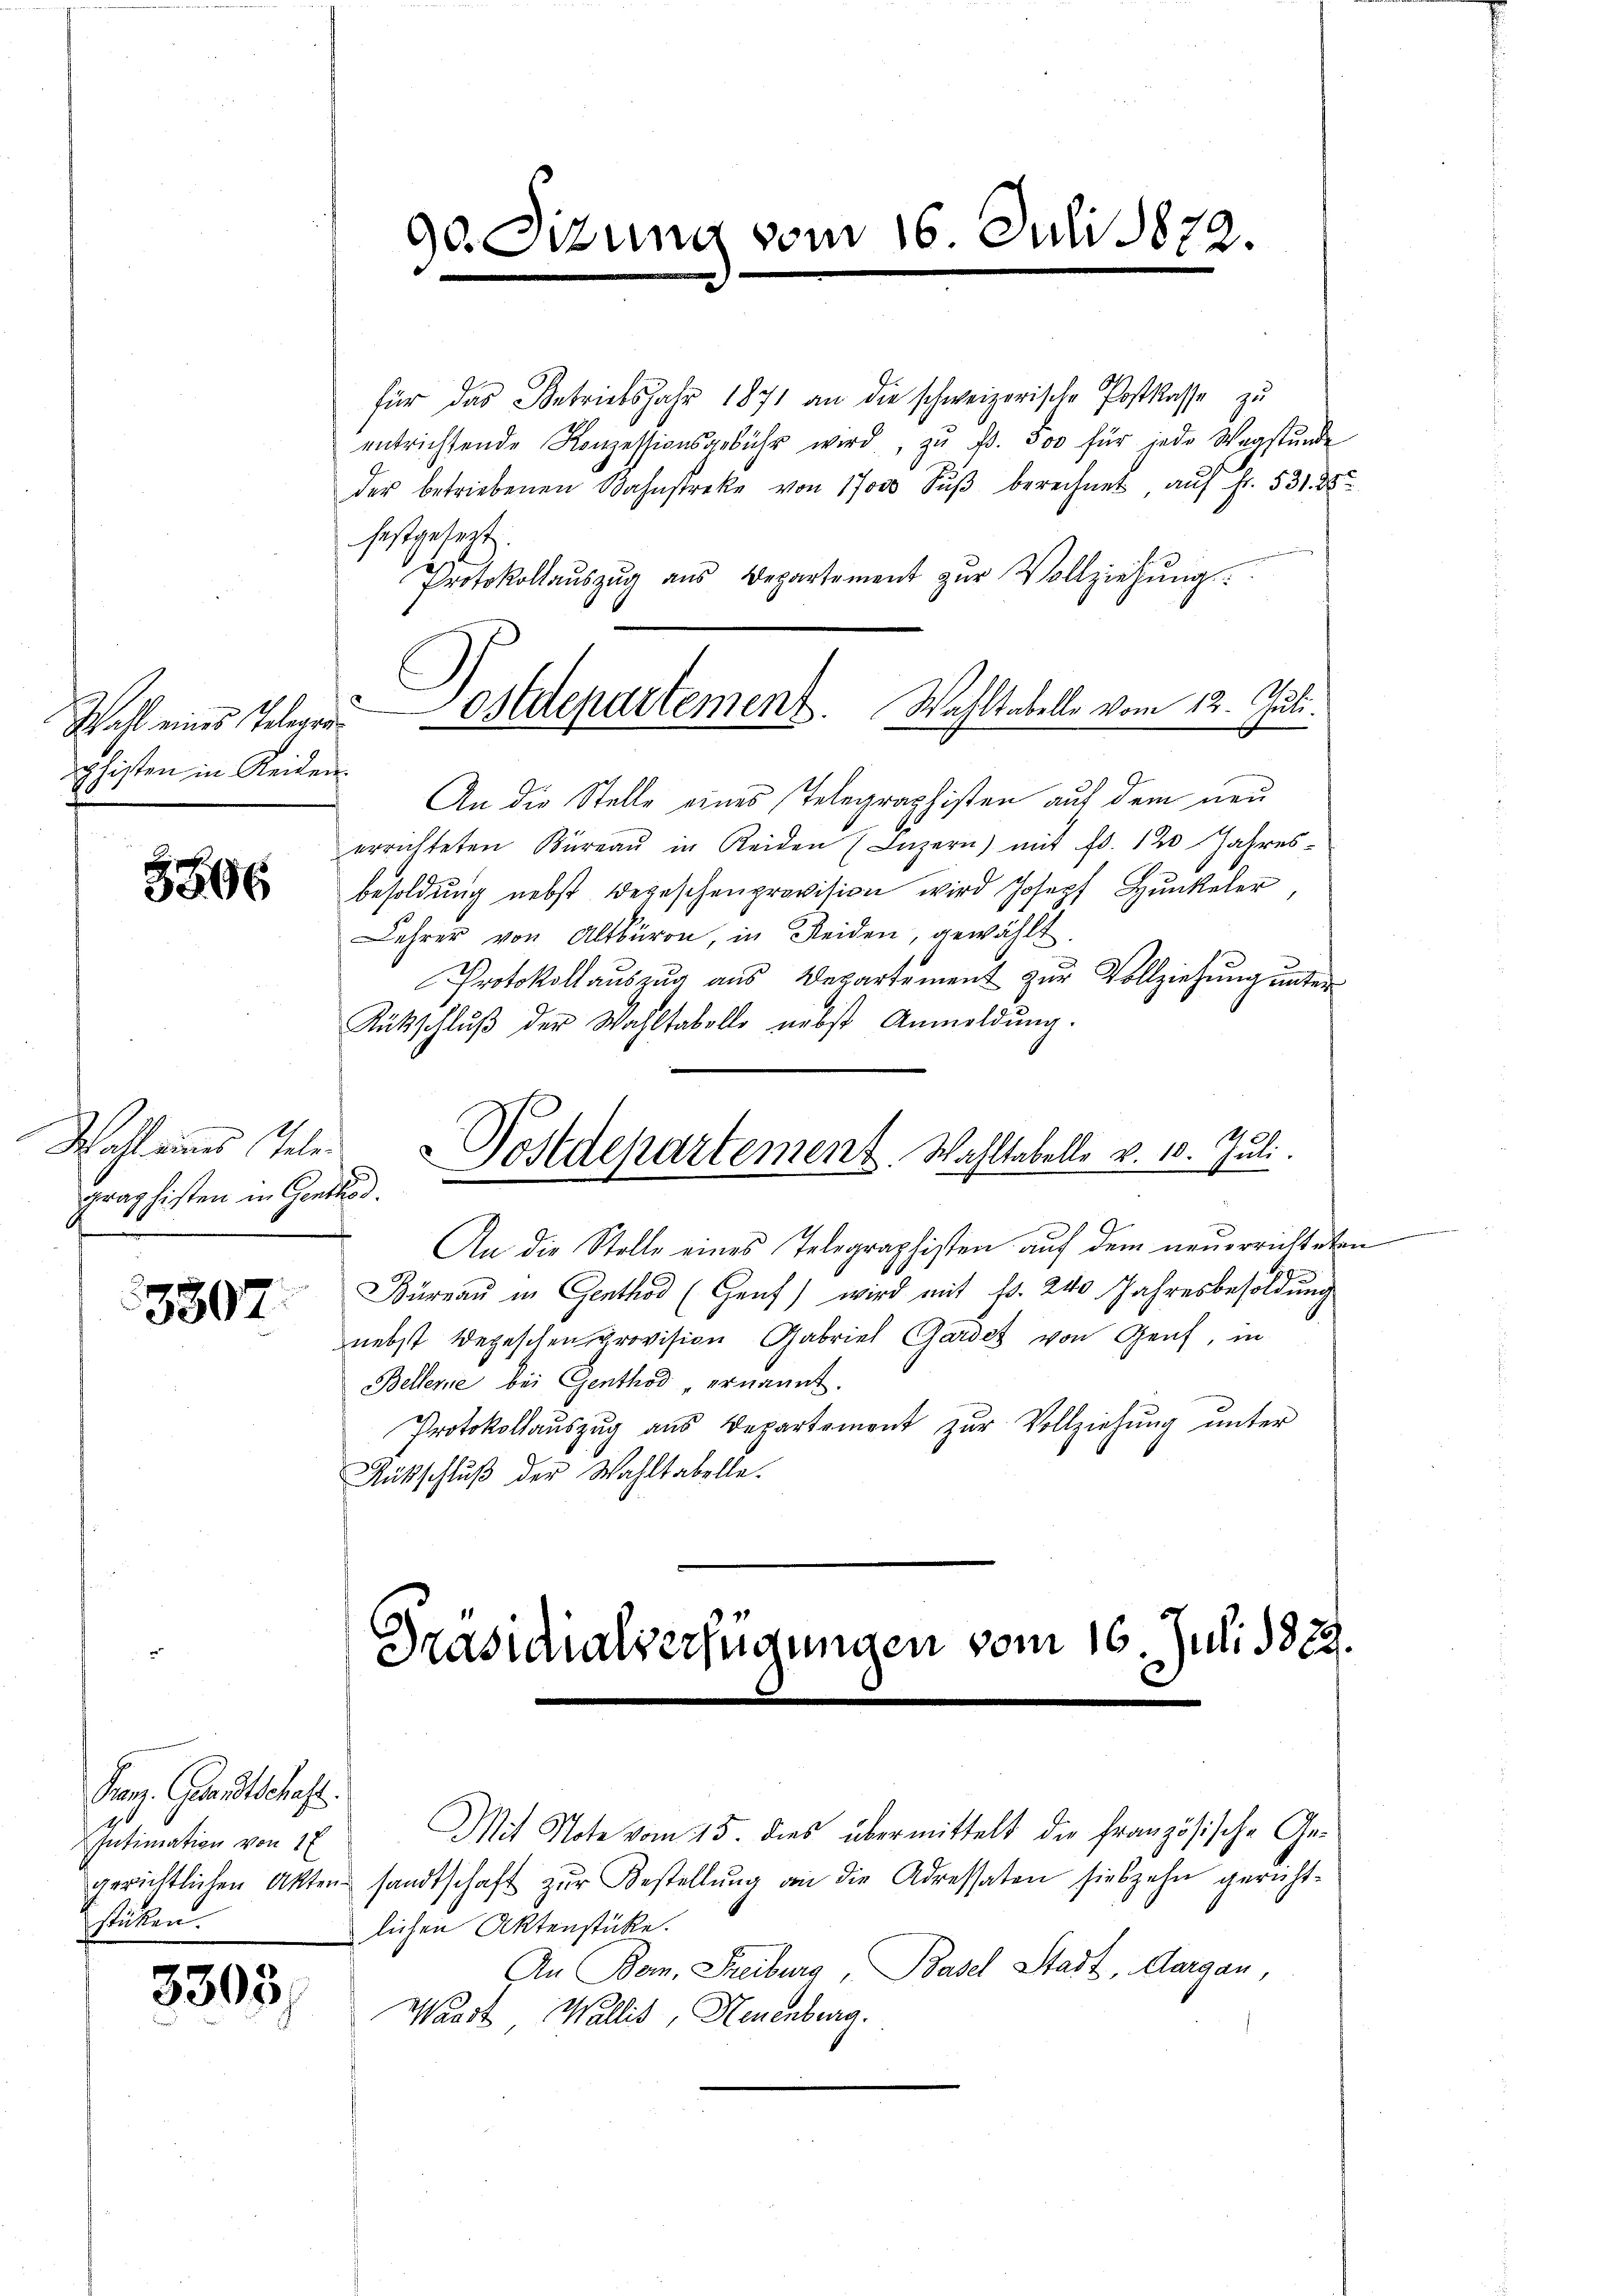
Wahl eines Teleger
phisten in Reiden.

5896

Wahl eines Tele
graphisten in Gentho

3507.

Franz. Gesandtschaft.
Intimation von 17
stücken.

3303/

für das Betriebsjahr 1871 an die schweizerische Postkasse zu
entrichtende Konzessionsgebühr wird, zŭ p. 300 für jede Wegstunde
der betriebenen Bahnstreke von 17000 Sŭβ berechnet, aŭf Fr. 531. 28
festgesezt.
Protokollaŭszŭg ans Departement zŭr Vollziehŭng.
An die Stelle eines Telegraphisten auf dem neu
errichteten Büreaŭ in Reiden (Luzern) mit fr. 120 Jahres-
besoldung nebst Bezeschenprovision wird Joseph Hunkeler
Lehrer von Altbüron, in Reiden, gewählt.
Protokollaŭszŭg ans Departement zŭr Vollziehŭng ŭnter
Rückschlŭβ der Wahltabelle nebst Anmeldŭng.
Nostdepartement. Wahltabelle v. 10. Juli.
An die Stelle eines Telegraphisten auf dem neuerrichteten
Büreaŭ in Genthod (Genf) wird mit fr. 240 Jahresbesoldung
nebst Wegeschen Provision Gabriel Gardet von Genf, in
Bellerne bei Genthod, ernannt.
Protokollauszug aus Departement zŭr Vollziehŭng ŭnter
Rükschluß der Wahltabelle.

900

dung vom

ostdepartement. Wahltabelle vom 12. Juli.

16. Juli 1872.

Präsidialverfügungen vom 16. Juli 1829.
Mit Note vom 15. dies übermittelt die französische Ge¬

gerichtlichen Akten sandtschaft zŭr Bestellŭng an die Adressaten siebzehn gericht-
lichen Aktenstücke.
An Bern, Freiburg, Basel Stadt, Aargau,
Waadt, Wallis, Neuenburg.